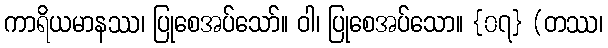
ကာရိယမာနဿ၊ ပြုစေအပ်သော်။ ဝါ၊ ပြုစေအပ်သော။ {၀၇} (တဿ၊